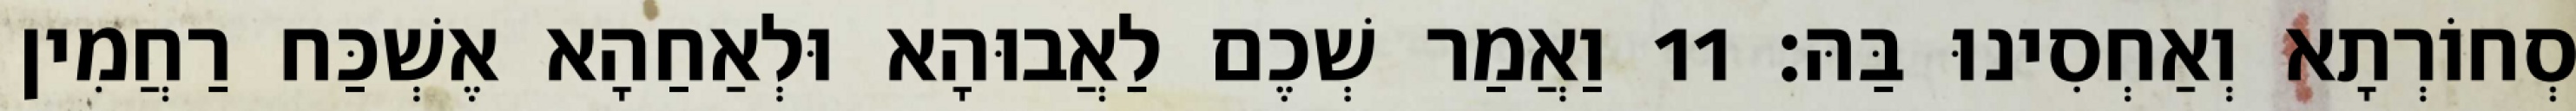
סְחוֹרְתָא וְאַחְסִינוּ בַּהּ׃ 11 וַאֲמַר שְׁכֶם לַאֲבוּהָא וּלְאַחַהָא אֶשְׁכַּח רַחֲמִין